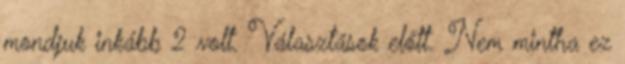
mondjuk inkább 2 volt. Választások előtt. Nem mintha ez